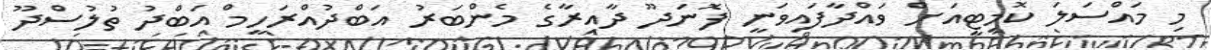
މި މައްސަލަ ކޮމިޓީއަށް ވައްދާފައިވަނީ ފޮނަދޫ ދާއިރާގެ މެންބަރު އަބްދުއްރަހީމް އަބްދު ތުލުސްދޫ